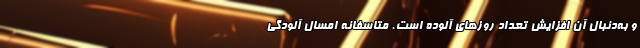
و به‌دنبال آن افزایش تعداد روزهای آلوده است. متاسفانه امسال آلودگی